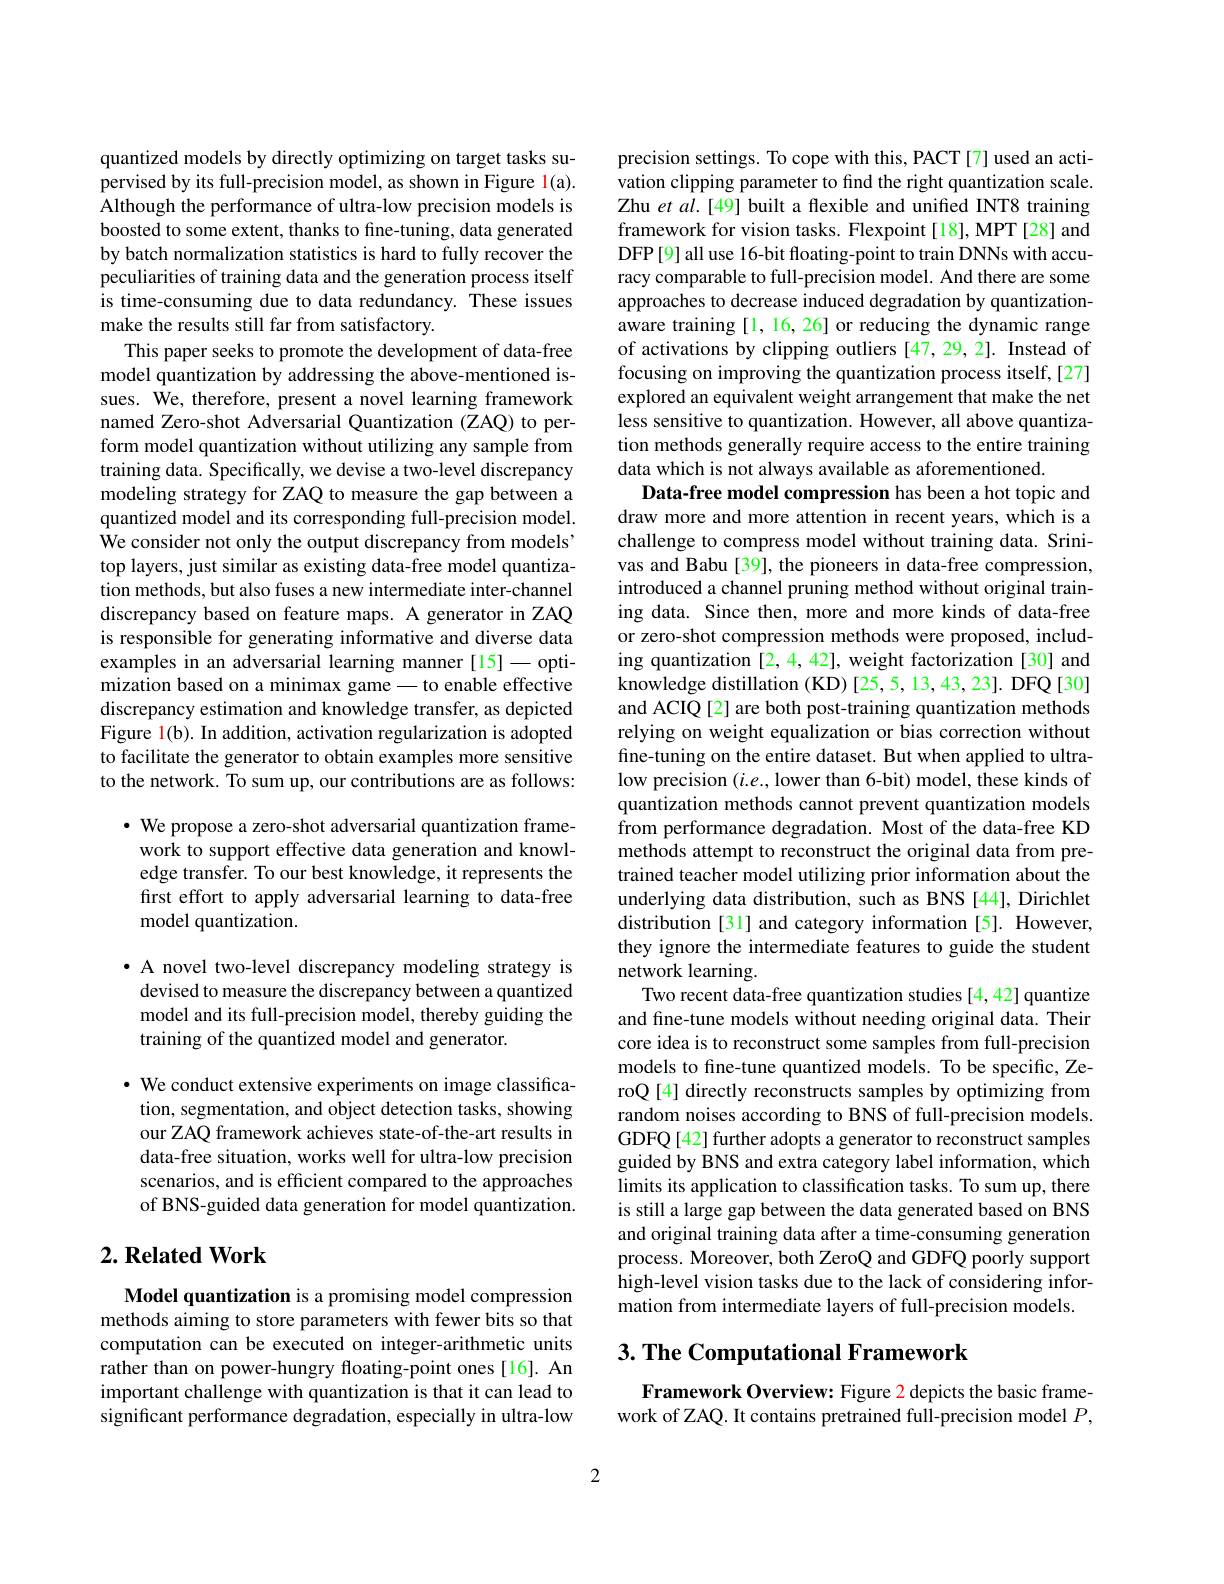
quantized models by directly optimizing on target tasks supervised by its full-precision model, as shown in Figure 1(a). Although the performance of ultra-low precision models is boosted to some extent, thanks to fine-tuning, data generated by batch normalization statistics is hard to fully recover the peculiarities of training data and the generation process itself is time-consuming due to data redundancy. These issues make the results still far from satisfactory.
This paper seeks to promote the development of data-free model quantization by addressing the above-mentioned issues. $\hat{\mathrm{We,~therefore,~present~a~novel~learning~framework}}$ named Zero-shot Adversarial Quantization (ZAQ) to perform model quantization without utilizing any sample from training data. Specifically, we devise a two-level discrepancy modeling strategy for ZAQ to measure the gap between a quantized model and its corresponding full-precision model. We consider not only the output discrepancy from models' top layers, just similar as existing data-free model quantization methods, but also fuses a new intermediate inter-channel discrepancy based on feature maps. A generator in ZAQ is responsible for generating informative and diverse data examples in an adversarial learning manner [15]-optimization based on a minimax game - to enable effective discrepancy estimation and knowledge transfer, as depicted Figure l(b). In addition, activation regularization is adopted to facilitate the generator to obtain examples more sensitive to the network. To sum up, our contributions are as follows:
$\cdot$ We propose a zero-shot adversarial quantization frame-

work to support effective data generation and knowledge transfer. To our best knowledge, it represents the first effort to apply adversarial learning to data-free model quantization.

· A novel two-level discrepancy modeling strategy is
devised to measure the discrepancy between a quantized model and its full-precision model, thereby guiding the training of the quantized model and generator.

$\cdot$ We conduct extensive experiments on image classification, segmentation, and object detection tasks, showing our ZAQ framework achieves state-of-the-art results in data-free situation, works well for ultra-low precision scenarios, and is efficient compared to the approaches of BNS-guided data generation for model quantization.

## $2. \textbf{Related Work}$

Model quantization is a promising model compression methods aiming to store parameters with fewer bits so that computation can be executed on integer-arithmetic units rather than on power-hungry floating-point ones[16]. An important challenge with quantization is that it can lead to significant performance degradation, especially in ultra-low

precision settings. To cope with this, PACT[7] used an activation clipping parameter to find the right quantization scale. Zhu et al.[49] built a flexible and unified INT8 training framework for vision tasks. Flexpoint [18], MPT [28] and DFP[9] all use 16-bit floating-point to train DNNs with accuracy comparable to full-precision model. And there are some approaches to decrease induced degradation by quantizationaware training[1,16,26] or reducing the dynamic range of activations by clipping outliers [47,29,2]. Instead of focusing on improving the quantization process itself,[27] explored an equivalent weight arrangement that make the net less sensitive to quantization. However, all above quantization methods generally require access to the entire training data which is not always available as aforementioned.
Data-free model compression has been a hot topic and draw more and more attention in recent years, which is a challenge to compress model without training data. Srinivas and Babu [39], the pioneers in data-free compression, introduced a channel pruning method without original training data. Since then, more and more kinds of data-free or zero-shot compression methods were proposed, including quantization [2,4,42], weight factorization [30] and knowledge distillation (KD) [25,5,13,43,23]. DFQ [30] and ACIQ [2] are both post-training quantization methods relying on weight equalization or bias correction without fine-tuning on the entire dataset. But when applied to ultralow precision $(i.e.$, lower than 6-bit) model, these kinds of quantization methods cannot prevent quantization models from performance degradation. Most of the data-free KD methods attempt to reconstruct the original data from pretrained teacher model utilizing prior information about the underlying data distribution, such as BNS [44], Dirichlet distribution [31] and category information [5]. However, they ignore the intermediate features to guide the student network learning.
Two recent data-free quantization studies [4,42] quantize and fine-tune models without needing original data. Their core idea is to reconstruct some samples from full-precision models to fine-tune quantized models. To be specific, ZeroQ [4] directly reconstructs samples by optimizing from random noises according to BNS of full-precision models GDFQ[42] further adopts a generator to reconstruct samples guided by BNS and extra category label information, which limits its application to classification tasks. To sum up, there is still a large gap between the data generated based on BNS and original training data after a time-consuming generation process. Moreover, both ZeroQ and GDFQ poorly support high-level vision tasks due to the lack of considering information from intermediate layers of full-precision models.

# 3. The Computational Framework

Framework Overview: Figure 2 depicts the basic framework of ZAQ. It contains pretrained full-precision model $P$,

2